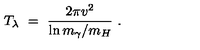
T _ { \lambda } \ = \ \frac { 2 \pi v ^ { 2 } } { \ln m _ { \gamma } / m _ { H } } \ .